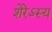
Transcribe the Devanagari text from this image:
शेरेऽस्य